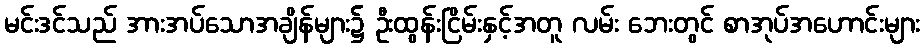
မင်းဒင်သည် အားအပ်သောအချိန်များ၌ ဦးထွန်းငြိမ်းနှင့်အတူ လမ်း ဘေးတွင် စာအုပ်အဟောင်းများ